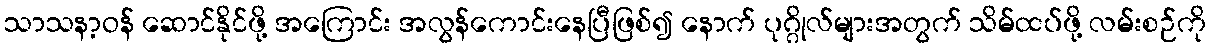
သာသနာ့ဝန် ဆောင်နိုင်ဖို့ အကြောင်း အလွန်ကောင်းနေပြီဖြစ်၍ နောက် ပုဂ္ဂိုလ်များအတွက် သိမ်ထပ်ဖို့ လမ်းစဉ်ကို